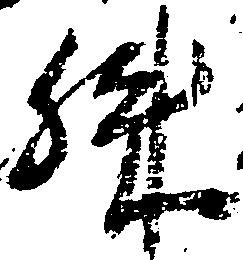
殊